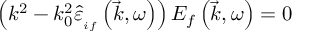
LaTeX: \left( k ^ { 2 } - k _ { 0 } ^ { 2 } \hat { \varepsilon } _ { _ { i f } } \left( \vec { k } , \omega \right) \right) E _ { f } \left( \vec { k } , \omega \right) = 0